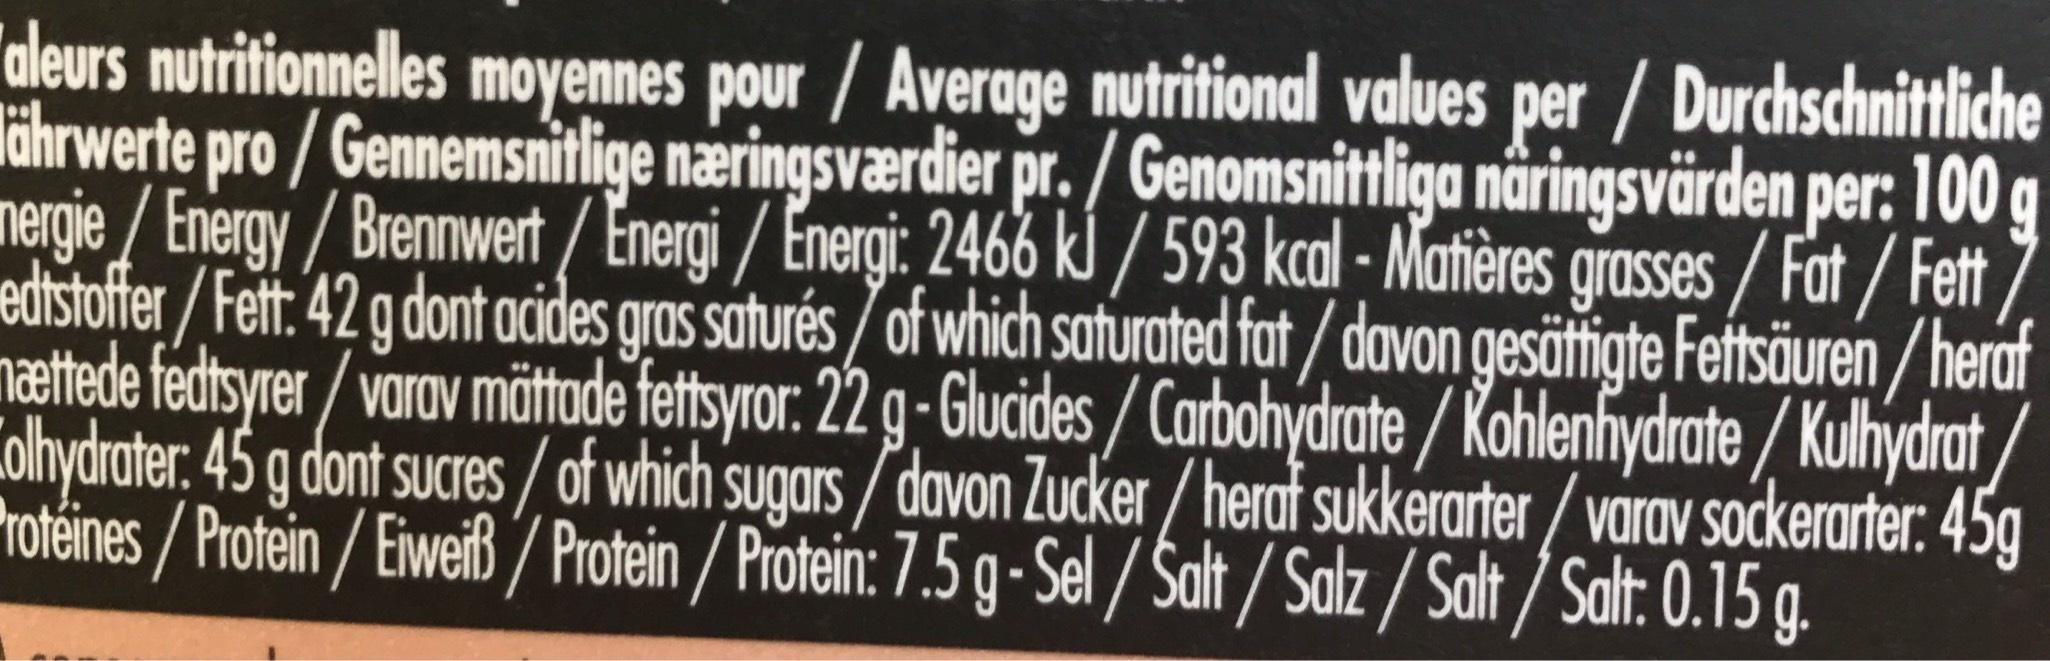
aleurs nutritionnelles moyennes pour / Average nutritional values per / Durchschnittliche Hährwerte pro/Gennemsnitlige næringsværdier pr./Genomsnittliga näringsvärden per: 100 g nergie/Energy/Brennwert / Energi / Energi: 2466 kJ/593 kcal - Matières grasses/Fat/Fett edtstoffer/Fett: 42 g dont acides gras saturés/of which saturated fat/davon gesättigte Fettsäuren/heraf mættede fedtsyrer/varav mättade fettsyror: 22 g-Glucides/Carbohydrate/Kohlenhydrate/Kulhydrat/ Colhydrater: 45 g dont sucres/of which sugars/davon Zucker/heraf sukkerarter/varav sockerarter: 45g Protéines/Protein/Eiweiß / Protein / Protein: 7.5 g-Sel/Salt/Salz/Salt/Salt: 0.15 g.